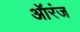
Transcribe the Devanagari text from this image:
ऑरंज